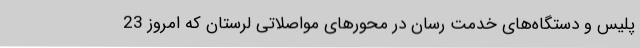
پلیس و دستگاه‌های خدمت رسان در محورهای مواصلاتی لرستان که امروز 23